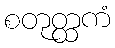
စတုတ္ထကံ